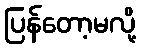
ပြန်တော့မလို့